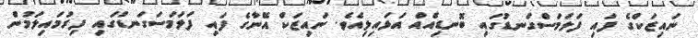
ނައިޒަކްގެ ފައި ފަލަމަސްގަނޑުގައި ބޮނޑިއެއް އަޅައިލިއެވެ. ނައިޒަކް އޭނާގެ ފައި ފަލަމަސަގަނޑުގައި ފިރުމައިލަމުން